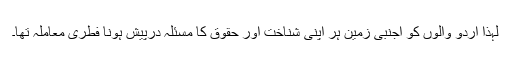
لہذا اردو والوں کو اجنبی زمین ہر اپنی شناخت اور حقوق کا مسئلہ درپیش ہونا فطری معاملہ تھا۔